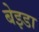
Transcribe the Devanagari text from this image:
बेइडा